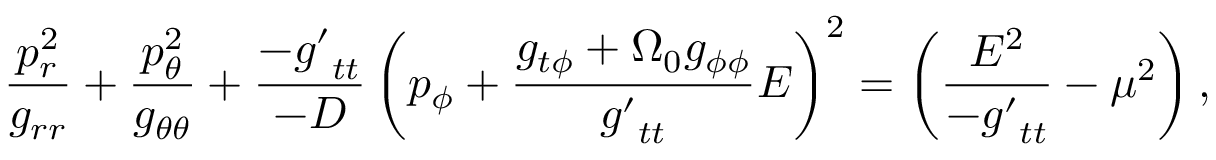
\frac { p _ { r } ^ { 2 } } { g _ { r r } } + \frac { p _ { \theta } ^ { 2 } } { g _ { \theta \theta } } + \frac { - { g ^ { \prime } } _ { t t } } { - \cal D } \left( p _ { \phi } + \frac { g _ { t \phi } + \Omega _ { 0 } g _ { \phi \phi } } { { g ^ { \prime } } _ { t t } } E \right) ^ { 2 } = \left( \frac { E ^ { 2 } } { - { g ^ { \prime } } _ { t t } } - \mu ^ { 2 } \right) ,